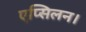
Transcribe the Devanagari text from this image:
एप्सिलन।